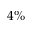
4 \%